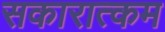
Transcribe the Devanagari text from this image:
सकारात्‍कम